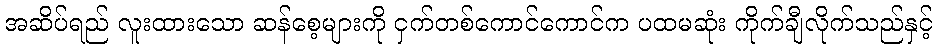
အဆိပ်ရည် လူးထားသော ဆန်စေ့များကို ငှက်တစ်ကောင်ကောင်က ပထမဆုံး ကိုက်ချီလိုက်သည်နှင့်